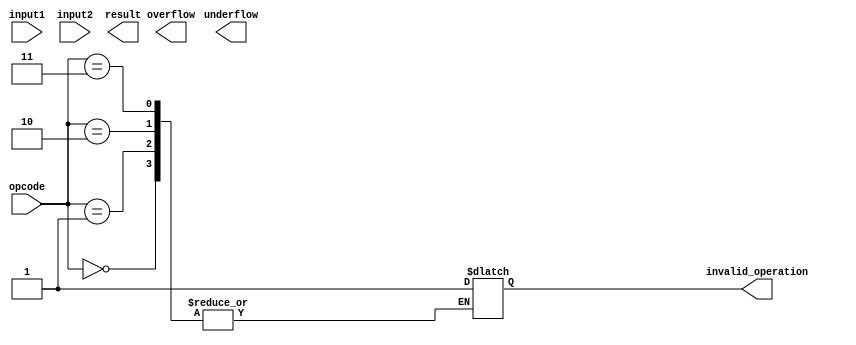
module DoublePrecisionFloatingPointUnit (
    input wire [63:0] input1,
    input wire [63:0] input2,
    input wire [2:0] opcode,
    output reg [63:0] result,
    output reg overflow,
    output reg underflow,
    output reg invalid_operation
);

// Constants
parameter EXPONENT_BITS = 11;
parameter MANTISSA_BITS = 52;

// Internal signals
reg [64:0] operand1;
reg [64:0] operand2;
reg [63:0] exponent1, exponent2;
reg [51:0] mantissa1, mantissa2;
reg [63:0] mantissa_result;
reg [11:0] mantissa_result_shifted;
reg [10:0] exponent_result;

// Internal variables
reg [2:0] operation;
reg is_negative1, is_negative2, is_negative_result;
reg normalize_result;

always @(*) begin
    operand1 = {1'b0, input1};
    operand2 = {1'b0, input2};
    
    exponent1 = input1[62:52];
    exponent2 = input2[62:52];
    
    mantissa1 = input1[51:0];
    mantissa2 = input2[51:0];
    
    is_negative1 = input1[63];
    is_negative2 = input2[63];
    
    operation = opcode;
end

always @(*) begin
    case(operation)
        3'b000: begin // Addition
            // Perform addition operation
        end
        3'b001: begin // Subtraction
            // Perform subtraction operation
        end
        3'b010: begin // Multiplication
            // Perform multiplication operation
        end
        3'b011: begin // Division
            // Perform division operation
        end
        default: begin
            invalid_operation = 1'b1;
        end
    endcase
end

endmodule